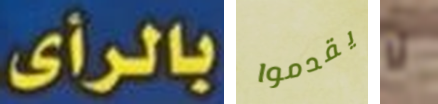
بالرأى. يقدموا لا